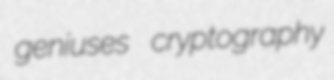
geniuses cryptography